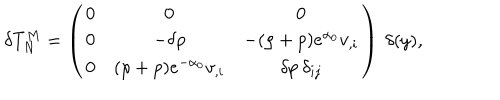
LaTeX: \delta T _ { N } ^ { M } = \left( \begin{array} { c c c } { { 0 } } & { { 0 } } & { { 0 } } \\ { { 0 } } & { { - \delta \rho } } & { { - ( \rho + p ) e ^ { \alpha _ { 0 } } v _ { , i } } } \\ { { 0 } } & { { ( \rho + p ) e ^ { - \alpha _ { 0 } } v _ { , i } } } & { { \delta p \: \delta _ { i j } } } \\ \end{array} \right) \: \delta ( y ) ,